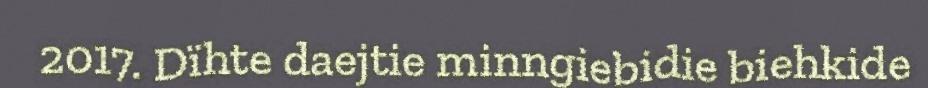
2017. Dïhte daejtie minngiebidie biehkide